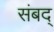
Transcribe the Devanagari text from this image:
संबद्